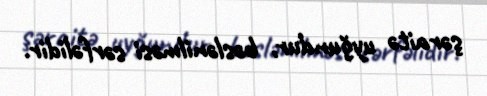
şəraitə uyğundur, bəslənilməsi sərfəlidir.